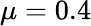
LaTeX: \mu=0.4